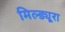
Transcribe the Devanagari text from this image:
मिल्ड्यूरा